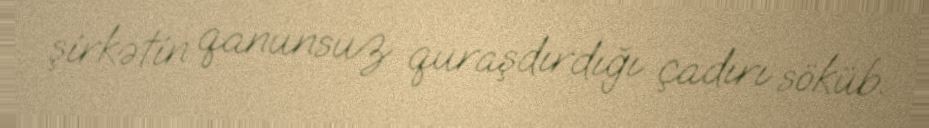
şirkətin qanunsuz quraşdırdığı çadırı söküb.